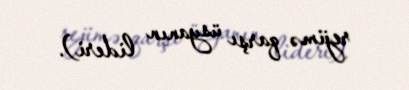
rejimə qarşı üsyanın lideri).